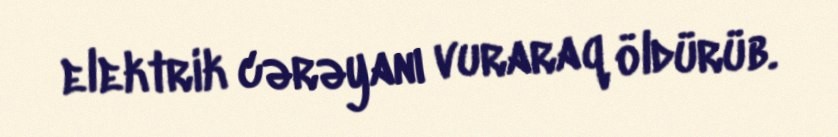
elektrik cərəyanı vuraraq öldürüb.